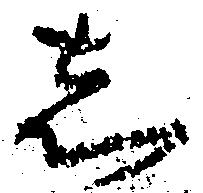
し